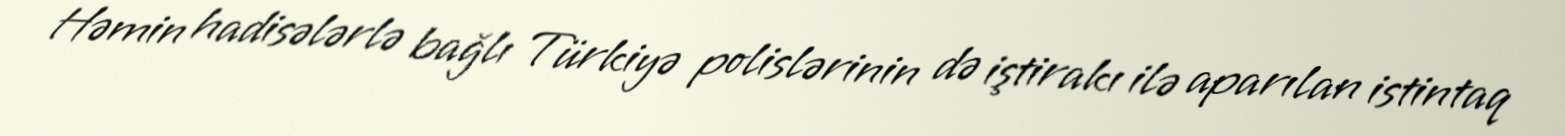
Həmin hadisələrlə bağlı Türkiyə polislərinin də iştirakı ilə aparılan istintaq